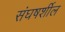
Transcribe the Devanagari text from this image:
संघषर्शील